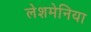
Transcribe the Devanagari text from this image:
लेशमेनिया